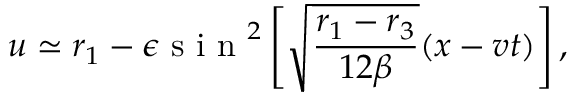
u \simeq r _ { 1 } - \epsilon \mathrm { ~ s ~ i ~ n ~ } ^ { 2 } \left[ \sqrt { \frac { r _ { 1 } - r _ { 3 } } { 1 2 \beta } } ( x - v t ) \right] ,